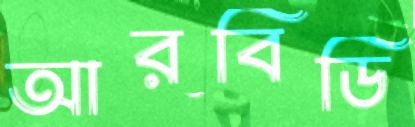
আরবিডি